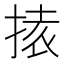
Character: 𭡉